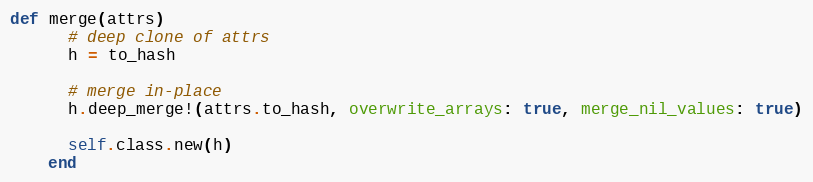
Language: Ruby
def merge(attrs)
      # deep clone of attrs
      h = to_hash

      # merge in-place
      h.deep_merge!(attrs.to_hash, overwrite_arrays: true, merge_nil_values: true)

      self.class.new(h)
    end